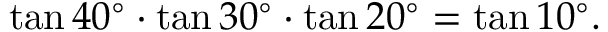
\tan 4 0 ^ { \circ } \cdot \tan 3 0 ^ { \circ } \cdot \tan 2 0 ^ { \circ } = \tan 1 0 ^ { \circ } .